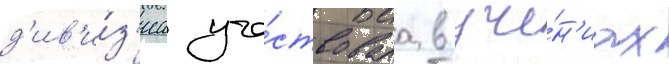
д'ив'и́з'иа уча́ствовала в уче́н'иах